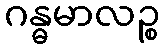
ဂန္ဓမာလဉ္စ